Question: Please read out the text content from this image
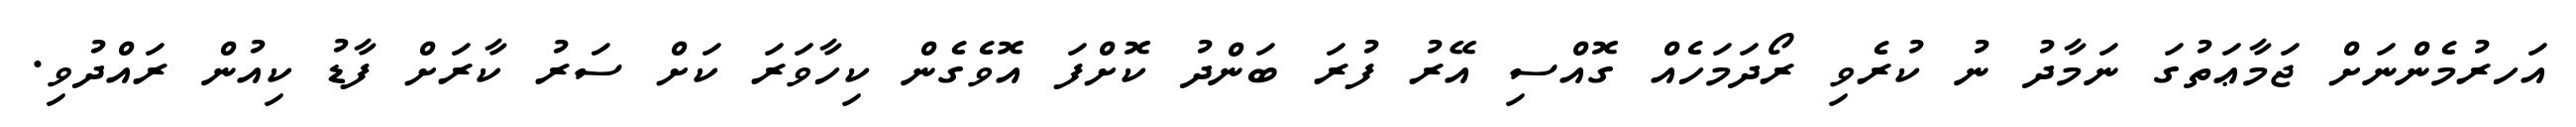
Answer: އަހރުމެންނަށް ޖަމާޢަތުގަ ނަމާދު ނު ކުރެވި ރޯދަމަހެއް ގޮއްސި އޭރު ފުރަ ބަންދު ކޮށްފަ އޮވެގެން ކިހާވަރަ ކަށް ސަރު ކާރަށް ފާޑު ކިއުން ރައްދުވި.